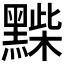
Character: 𪑽